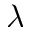
{ \lambda }